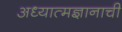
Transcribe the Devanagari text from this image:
अध्यात्मज्ञानाची